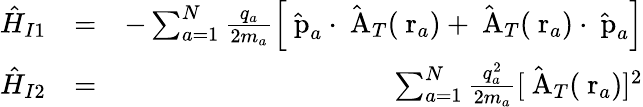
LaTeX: \begin{array}{rlr}{\hat{H}_{I1}}&{=}&{-\sum_{a=1}^{N}\frac{q_{a}}{2m_{a}}\left[\hat{\mathrm{\mathbf~p}}_{a}\cdot\hat{\mathrm{\mathbf~A}}_{T}(\mathrm{\mathbf~r}_{a})+\hat{\mathrm{\mathbf~A}}_{T}(\mathrm{\mathbf~r}_{a})\cdot\hat{\mathrm{\mathbf~p}}_{a}\right]}\\ {\hat{H}_{I2}}&{=}&{\sum_{a=1}^{N}\frac{q_{a}^{2}}{2m_{a}}[\hat{\mathrm{\mathbf~A}}_{T}(\mathrm{\mathbf~r}_{a})]^{2}}\end{array}